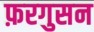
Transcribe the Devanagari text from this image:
फ़रगुसन